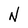
Character: N